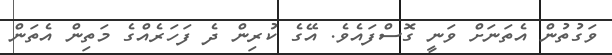
ވަގުތުން އެތަނަށް ވަނީ ގޮސްފައެވެ. އޭގެ ކުރިން ދެ ފަހަރެއްގެ މަތިން އެތަން